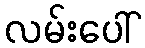
လမ်းပေါ်